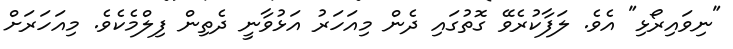
"ނިވައިރޯޅި" އެވެ. ލަފާކުރެވޭ ގޮތުގައި ދެން މިއަހަރު އަޅުވާނީ ދެތިން ފިލްމެކެވެ. މިއަހަރަށް